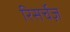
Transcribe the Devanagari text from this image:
रिसर्चेज़